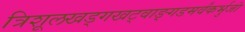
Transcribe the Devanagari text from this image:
त्रिशूलखड्गखट्वाङ्गडमर्वंकर्भुजां